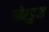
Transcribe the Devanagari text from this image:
ओरडुन